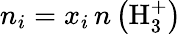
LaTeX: n_{i}=x_{i}\, n\left(\mathrm{H_{3}^{+}}\right)